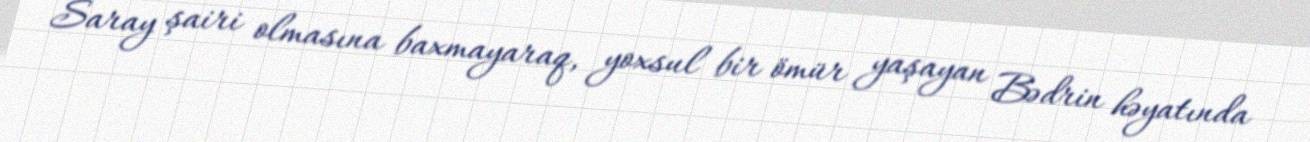
Saray şairi olmasına baxmayaraq, yoxsul bir ömür yaşayan Bədrin həyatında